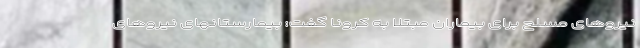
نیروهای مسلح برای بیماران مبتلا به کرونا گفت: بیمارستانهای نیروهای